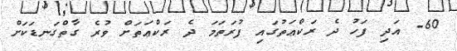
60- އަދި ފަހު ދެ ރަކްޢަތުގައި ފުރަތަމަ ދެ ރަކްޢަތަށް ވުރެ ގާތްގަނޑަކަށް